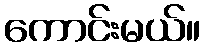
ကောင်းမယ်။